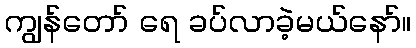
ကျွန်တော် ရေ ခပ်လာခဲ့မယ်နော်။